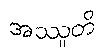
အဿူတိ